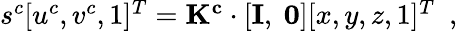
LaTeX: \begin{array}{r}{s^{c}[u^{c},v^{c},1]^{T}=\mathbf{K^{c}}\cdot[\mathbf{I},~\mathbf{0}][x,y,z,1]^{T}\enspace,}\end{array}